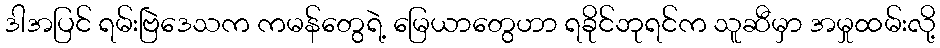
ဒါအပြင် ရမ်းဗြဲဒေသက ကမန်တွေရဲ့ မြေယာတွေဟာ ရခိုင်ဘုရင်က သူဆီမှာ အမှုထမ်းလို့